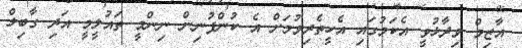
އާޒިމް ވިދާޅުވީ އެކަމުގައި އެހީތެރިވުމަށް އެ ކުންފުނިން ނިންމީ ތައުލީމީ އަދި ގާބިލް